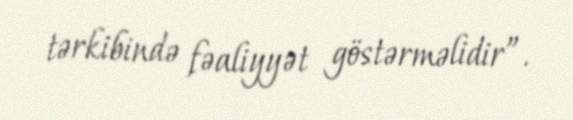
tərkibində fəaliyyət göstərməlidir”.